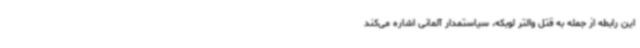
این رابطه از جمله به قتل والتر لوبکه، سیاستمدار آلمانی اشاره می‌کند